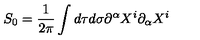
S _ { 0 } = { \frac { 1 } { 2 \pi } } \int d \tau d \sigma \partial ^ { \alpha } X ^ { i } \partial _ { \alpha } X ^ { i }